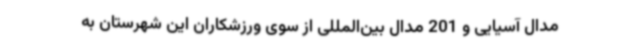
مدال آسیایی و 201 مدال بین‌المللی از سوی ورزشکاران این شهرستان به